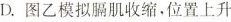
D.图乙模拟膈肌收缩，位置上升